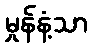
မှုန်နံ့သာ